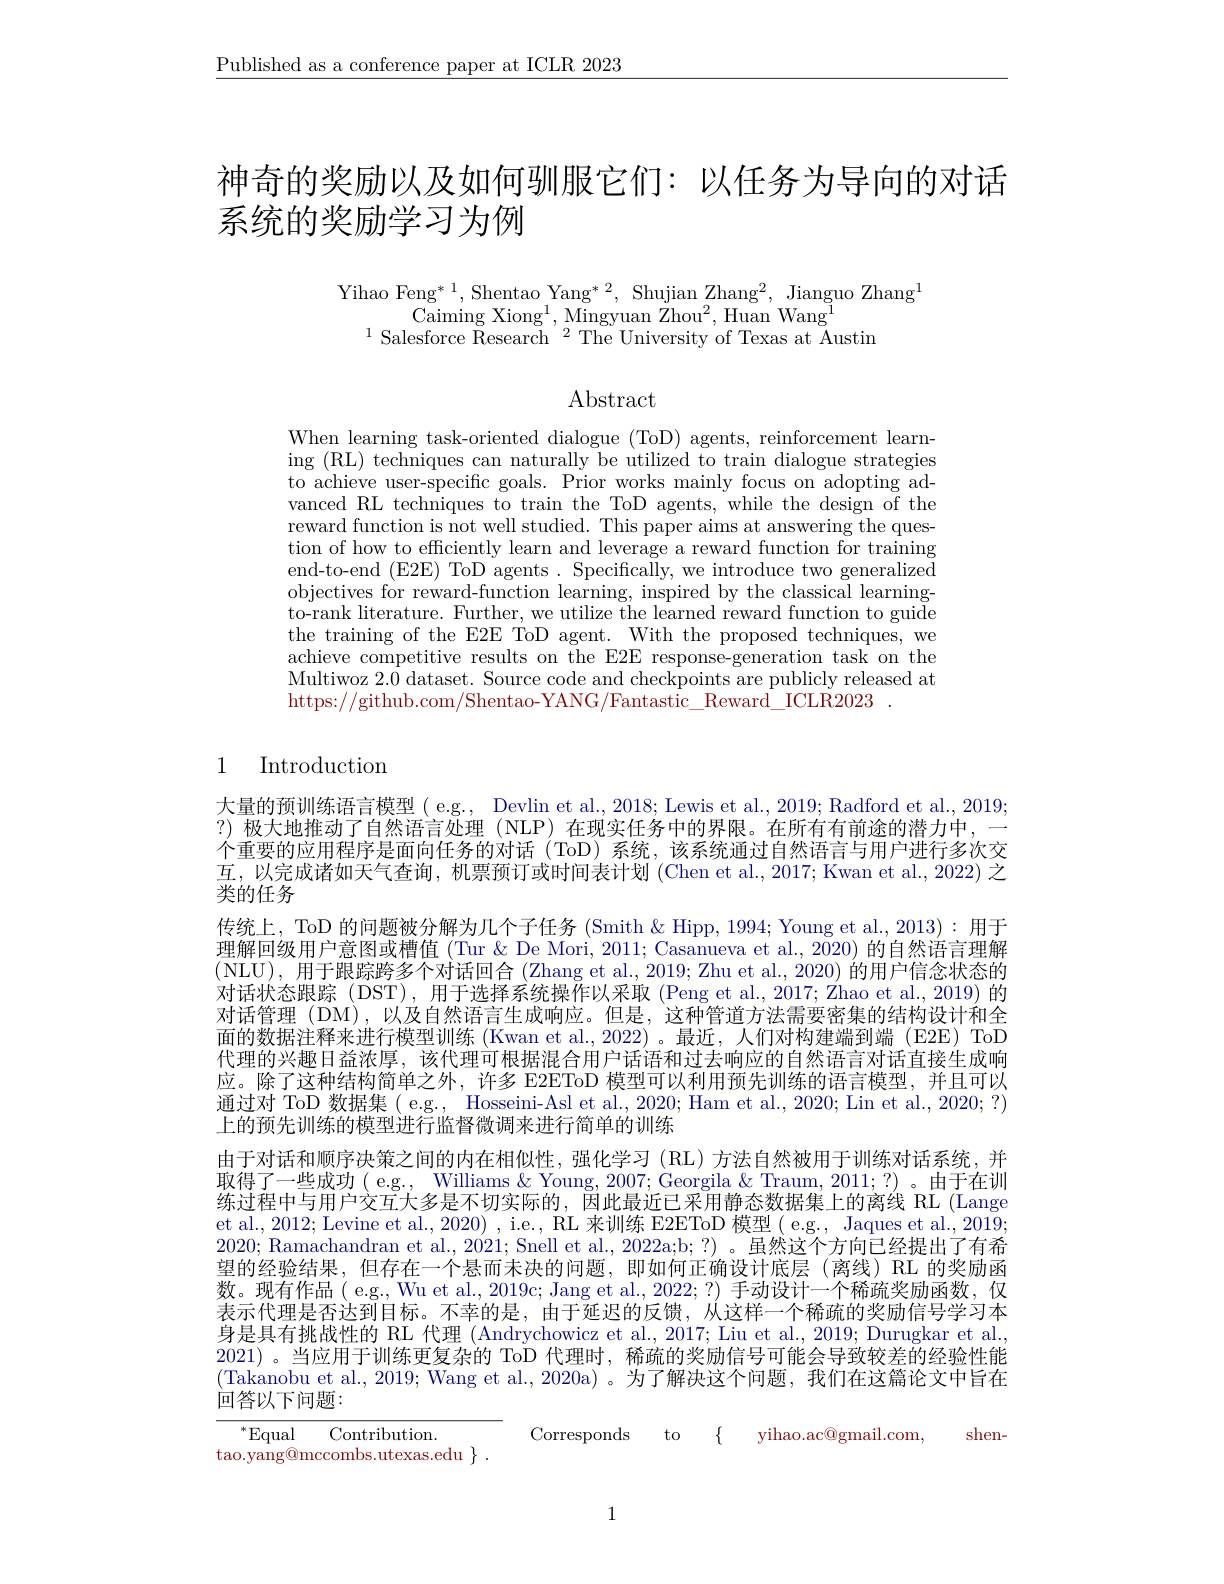
$\underline{\text{Published as a conference paper at ICLR 2023}}$

# 神奇的奖励以及如何驯服它们：以任务为导向的对话系统的奖励学习为例

Yihao Feng* 1, Shentao Yang* 2, Shujian Zhang$^2$, Jianguo Zhang$^{\mathrm{l}}$
Caiming Xiong$^1$,Mingyuan Zhou$^2$,Huan Wang$^1$
$^{1}$Salesforce Research$^2$The University of Texas at Austin

Abstract

When learning task-oriented dialogue (ToD) agents, reinforcement learning (RL) techniques can naturally be utilized to train dialogue strategies to achieve user-specific goals. Prior works mainly focus on adopting advanced RL techniques to train the ToD agents, while the design of the reward function is not well studied. This paper aims at answering the question of how to efficiently learn and leverage a reward function for training end-to-end (E2E) ToD agents. Specifically, we introduce two generalized objectives for reward-function learning, inspired by the classical learningto-rank literature. Further, we utilize the learned reward function to guide the training of the E2E ToD agent. With the proposed techniques, we achieve competitive results on the E2E response-generation task on the Multiwoz 2.0 dataset. Source code and checkpoints are publicly released at https://github.com/Shentao-YANG/Fantastic\_Reward\_ICLR2023

# 1 Introduction

大量的预训练语言模型( e.g., Devlin et al., 2018; Lewis et al., 2019; Radford et al., 2019; ?) 极大地推动了自然语言处理 (NLP) 在现实任务中的界限。在所有有前途的潜力中，一个重要的应用程序是面向任务的对话(ToD)系统，该系统通过自然语言与用户进行多次交互，以完成诸如天气查询，机票预订或时间表计划 (Chen et al., 2017; Kwan et al., 2022) 之$\vec{\text{类的任务}}$
传统上，ToD 的问题被分解为几个子任务 (Smith& Hipp, 1994; Young et al., 2013): 用于理解回级用户意图或槽值(Tur & De Mori, 2011; Casanueva et al., 2020) 的自然语言理解(NLU),用于跟踪跨多个对话回合 (Zhang et al., 2019; Zhu et al., 2020) 的用户信念状态的对话状态跟踪(DST),用于选择系统操作以采取(Peng et al., 2017; Zhao et al., 2019) 的对话管理(DM),以及自然语言生成响应。但是，这种管道方法需要密集的结构设计和全面的数据注释来进行模型训练 (Kwan et al.,2022)。最近，人们对构建端到端(E2E)ToD 代理的兴趣日益浓厚，该代理可根据混合用户话语和过去响应的自然语言对话直接生成响应。除了这种结构简单之外，许多 E2EToD 模型可以利用预先训练的语言模型，并且可以通过对 ToD 数据集( e.g., Hosseini-Asl et al., 2020; Ham et al., 2020; Lin et al., 2020; ?) 上的预先训练的模型进行监督微调来进行简单的训练
由于对话和顺序决策之间的内在相似性，强化学习(RL)方法自然被用于训练对话系统，并取得了一些成功( eg., Williams & Young, 2007; Georgila & Traum, 2011;?)。由于在训练过程中与用户交互大多是不切实际的，因此最近已采用静态数据集上的离线 RL (Lange et al., 2012; Levine et al., 2020) , i.e., RL 来训练 E2EToD 模型( e.g., Jaques et al., 2019; 2020; Ramachandran et al., 2021; Snell et al., 2022a;b; ?) 。虽然这个方向已经提出了有希望的经验结果，但存在一个悬而未决的问题，即如何正确设计底层(离线)RL 的奖励函数。现有作品( e.g., Wu et al., 2019c; Jang et al., 2022;?) 手动设计一个稀疏奖励函数，仅表示代理是否达到目标。不幸的是，由于延迟的反馈，从这样一个稀疏的奖励信号学习本身是具有挑战性的 RL 代理 (Andrychowicz et al., 2017; Liu et al., 2019; Durugkar et al., 2021) 。当应用于训练更复杂的 ToD 代理时，稀疏的奖励信号可能会导致较差的经验性能(Takanobu et al., 2019; Wang et al., 2020a) 。为了解决这个问题，我们在这篇论文中旨在回答以下问题：
${}^{* }{\mathrm{Equal}}$ ${\mathrm{Contribution. }}$
shen-
Corresponds to   $\{$ yihao.ac@gmail.com,

tao.yang@mccombs.utexas.edu $\}.$

1